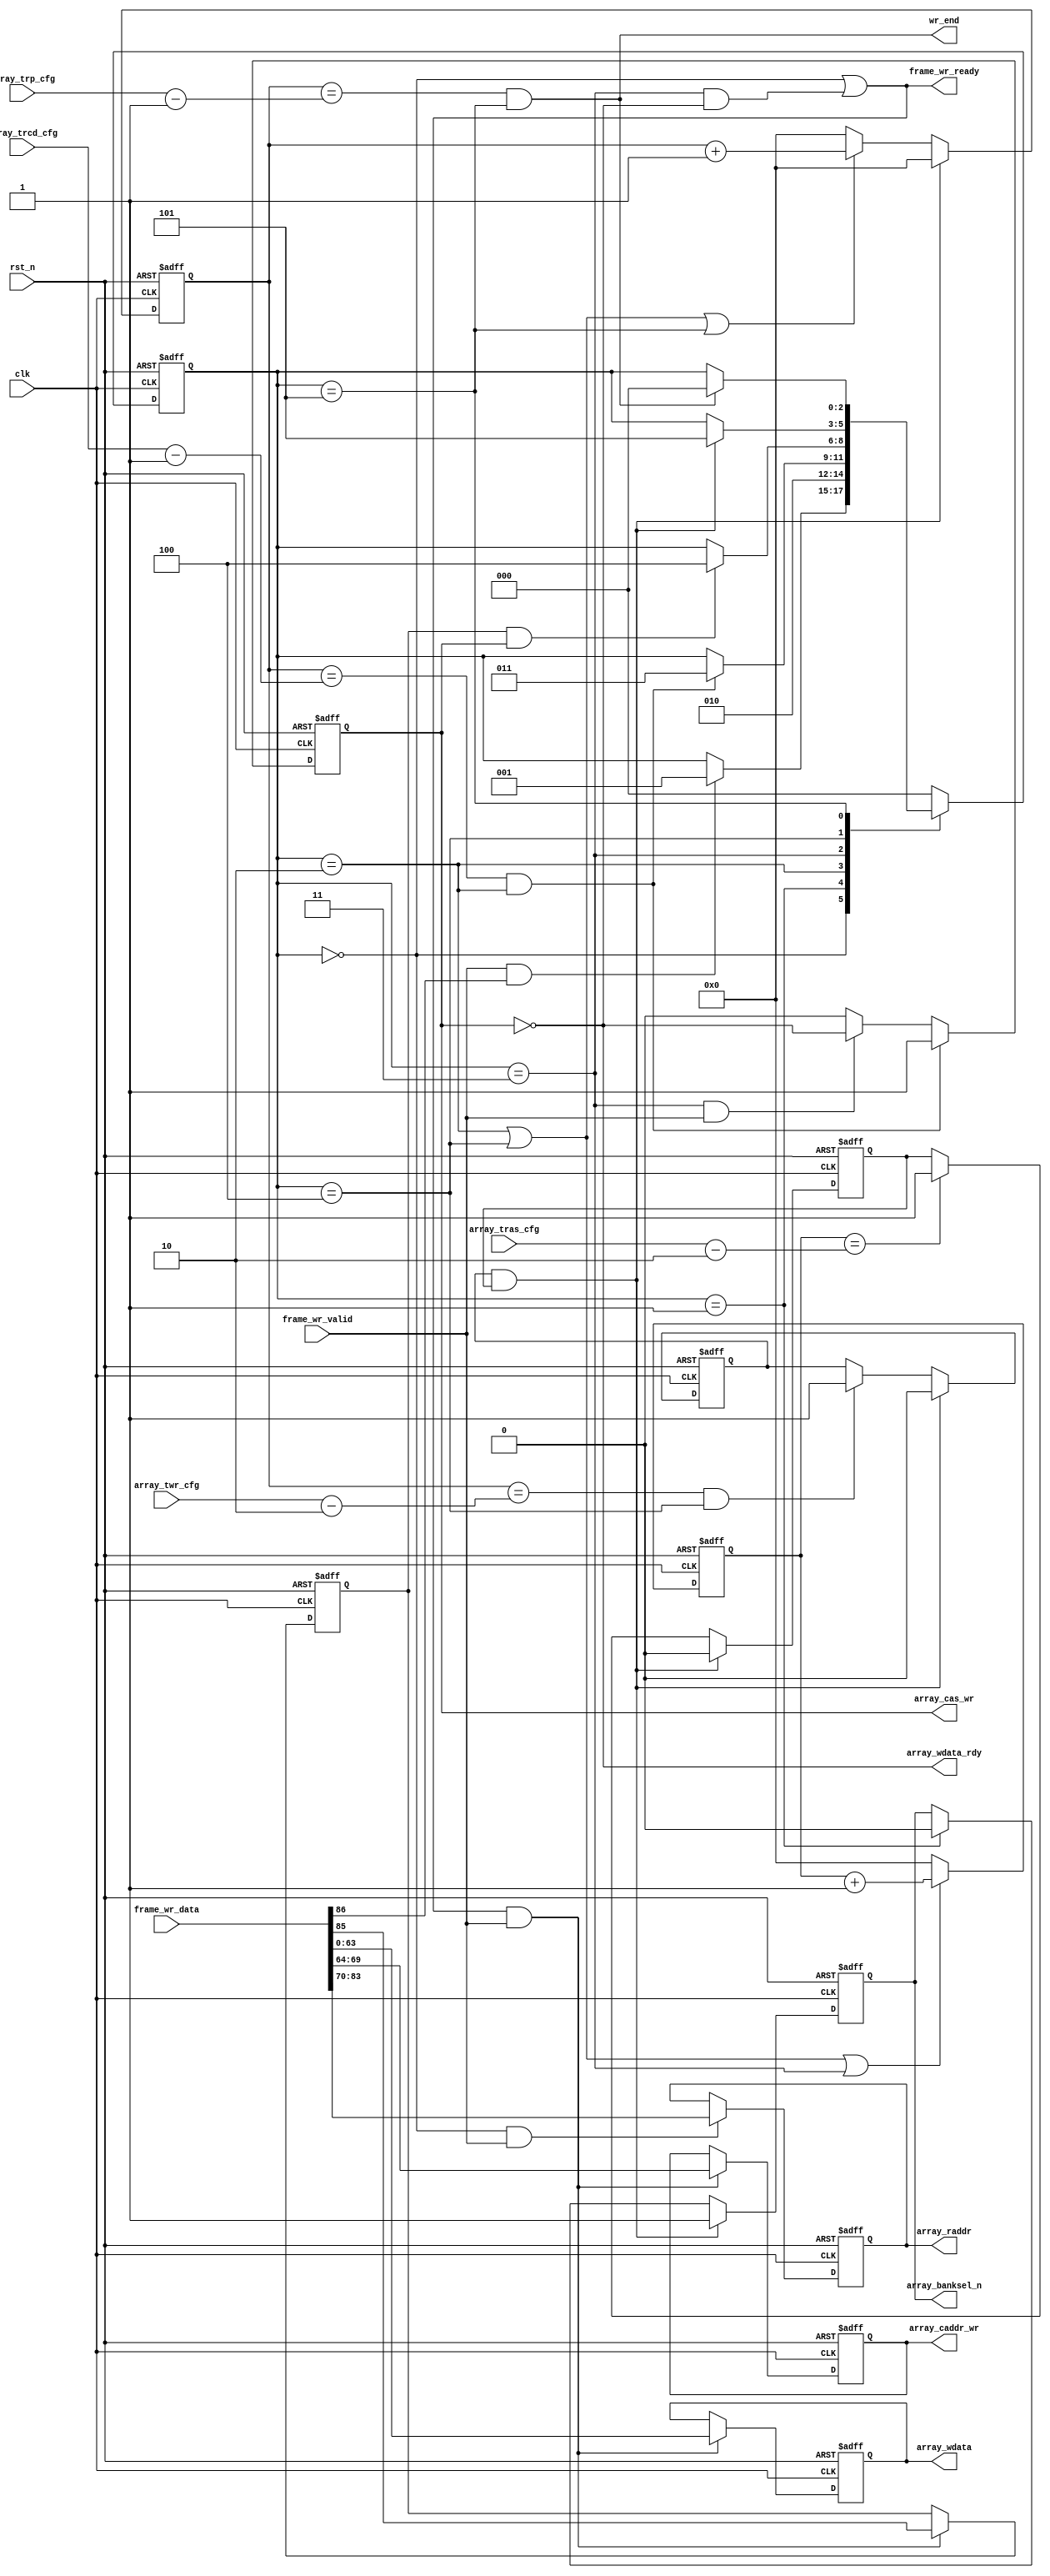
module array_w #(
    parameter ARRAY_ROW_ADDR   = 14 ,
    parameter ARRAY_COL_ADDR   = 6  ,
    parameter ARRAY_DATA_WIDTH = 64 ,
    parameter FRAME_DATA_WIDTH = 3 + ARRAY_ROW_ADDR + ARRAY_COL_ADDR + ARRAY_DATA_WIDTH //87
) (
    input                             clk               ,
    input                             rst_n             ,
    input                             frame_wr_valid    ,
    input      [FRAME_DATA_WIDTH-1:0] frame_wr_data     ,
    output                            frame_wr_ready    ,
    
    output reg                        array_banksel_n   ,
    output reg [ARRAY_ROW_ADDR-1:0]   array_raddr       ,
    output reg                        array_cas_wr      ,
    output reg [ARRAY_COL_ADDR-1:0]   array_caddr_wr    ,
    output                            array_wdata_rdy   ,
    output reg [ARRAY_DATA_WIDTH-1:0] array_wdata       ,
    
    output                            wr_end            ,
    input      [7:0]                  array_trcd_cfg    ,
    input      [7:0]                  array_trp_cfg     ,
    input      [7:0]                  array_twr_cfg     ,
    input      [7:0]                  array_tras_cfg
);

    parameter   IDLE      = 3'd0,
                WR_SRADDR = 3'd1,
                WR_RCD    = 3'd2,
                WR_SEND   = 3'd3,
                WR_WR     = 3'd4,
                WR_RP     = 3'd5;

    reg  [2:0]                  state_c         ;
    reg  [2:0]                  state_n         ;
    
    wire                        rcd_last        ;
    wire                        wr_send_last    ;
    wire                        wr_last         ;
    wire                        rp_last         ;
 
    wire                        sof             ;
    wire                        eof             ;
    reg                         eof_reg         ;
    wire                        rw_flag         ;

    reg  [7:0]                  array_wr_cnt    ;
    reg  [7:0]                  array_rcd_cnt   ; 
    reg                         trcd_wait       ;
    reg                         twr_wait        ;

    wire [ARRAY_ROW_ADDR-1:0]   row_addr        ;
    wire [ARRAY_COL_ADDR-1:0]   col_addr        ;
    wire [ARRAY_DATA_WIDTH-1:0] frame_data      ; 

    always @(posedge clk or negedge rst_n) begin
        if(!rst_n)
            state_c <= IDLE;
        else
            state_c <= state_n;
    end

    always @(*) begin
        case(state_c)
            IDLE: begin
                if(frame_wr_valid && sof)
                    state_n =  WR_SRADDR;
                else 
                    state_n = state_c;
            end     
            WR_SRADDR: begin
                state_n = WR_RCD;
            end 
            WR_RCD: begin
                if(rcd_last)
                    state_n = WR_SEND;
                else
                    state_n = state_c;
            end    
            WR_SEND: begin
                if(wr_send_last)
                    state_n = WR_WR;
                else 
                    state_n = state_c;
            end  
            WR_WR: begin
                if(wr_last)
                    state_n = WR_RP;
                else
                    state_n = state_c;
            end     
            WR_RP: begin
                if(rp_last)
                    state_n = IDLE;
                else
                    state_n = state_c;
            end     
            default: state_n = IDLE;
        endcase
    end

    always @(posedge clk or negedge rst_n) begin
        if(!rst_n)
            array_banksel_n <= 1'b1;
        else if(wr_last)
            array_banksel_n <= 1'b1;
        else if(state_c==WR_SRADDR)
            array_banksel_n <= 1'b0;
    end

    always @(posedge clk or negedge rst_n) begin
        if(!rst_n)
            array_raddr <= {ARRAY_ROW_ADDR{1'b0}};
        else if(state_c==IDLE && frame_wr_valid)
            array_raddr <= row_addr;
    end

    always @(posedge clk or negedge rst_n) begin
        if(!rst_n) begin
            array_caddr_wr <= {ARRAY_ROW_ADDR{1'b0}};
            array_wdata <= {ARRAY_DATA_WIDTH{1'b0}};
            eof_reg <= 1'b0;
        end
        else if(frame_wr_ready && frame_wr_valid) begin
            array_caddr_wr <= col_addr;
            array_wdata <= frame_data;
            eof_reg <= eof;
        end
    end

    assign {sof,eof,rw_flag,row_addr,col_addr,frame_data} = frame_wr_data;
    
    always @(posedge clk or negedge rst_n) begin
        if(!rst_n)
            array_cas_wr <= 1'b0;
        else if(rcd_last)
            array_cas_wr <= 1'b1;
        else if(state_c==WR_SEND && frame_wr_valid)
            array_cas_wr <= ~array_cas_wr;
        else
            array_cas_wr <= 1'b0;
    end

    assign array_wdata_rdy = ~array_cas_wr;

    assign frame_wr_ready = state_c==IDLE || (state_c==WR_SEND && ~array_cas_wr);

    always @(posedge clk or negedge rst_n) begin
        if(!rst_n)
            array_wr_cnt <= 8'd0;
        else if(wr_last)
            array_wr_cnt <= 8'd0;
        else if(state_c==WR_RCD || state_c==WR_WR || state_c==WR_RP)
            array_wr_cnt <= array_wr_cnt + 1'd1;
        else 
            array_wr_cnt <= 8'd0;
    end

    always @(posedge clk or negedge rst_n) begin
        if(!rst_n)
            array_rcd_cnt <= 8'd0;
        else if(state_c==WR_RCD || state_c==WR_WR || state_c==WR_SEND)
            array_rcd_cnt <= array_rcd_cnt + 1'd1;
        else
            array_rcd_cnt <= 8'd0;
    end

    assign rcd_last = array_wr_cnt==array_trcd_cfg-1'b1 && state_c==WR_RCD;
    assign rp_last = array_wr_cnt==array_trp_cfg-1'b1 && state_c==WR_RP;

    assign wr_end = rp_last;

    assign wr_send_last = eof_reg && array_cas_wr;

    always @(posedge clk or negedge rst_n) begin
        if(!rst_n)
            trcd_wait <= 1'b0;
        else if(wr_last)
            trcd_wait <= 1'b0;
        else if(array_rcd_cnt==array_tras_cfg-2'd2)
            trcd_wait <= 1'b1;
    end

    always @(posedge clk or negedge rst_n) begin
        if(!rst_n)
            twr_wait <= 1'b0;
        else if(wr_last)
            twr_wait <= 1'b0;
        else if(array_wr_cnt==array_twr_cfg-2'd2 && state_c==WR_WR)
            twr_wait <= 1'b1;
    end

    assign wr_last = twr_wait && trcd_wait;

    //assign wr_last = state_c==WR_WR && ((twr_wait && array_rcd_cnt==array_tras_cfg-1'b1) || (trcd_wait && array_wr_cnt==array_twr_cfg-1'b1) || (array_rcd_cnt==array_tras_cfg-1'b1 && array_wr_cnt==array_twr_cfg-1'b1));

    // could use case to config  array_wr_cnt as single of cfg-1, this operaton needs extra state to config, if cnt==0
    // the timing is benifit 
endmodule